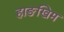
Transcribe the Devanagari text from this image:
हाङखिम